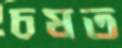
চষত